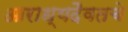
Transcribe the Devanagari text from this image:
आराध्यदैवतचे